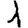
Digit: 1